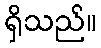
ရှိသည်။